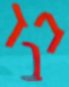
בבד